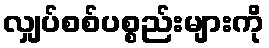
လျှပ်စစ်ပစ္စည်းများကို